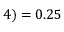
4 ) = 0 . 2 5